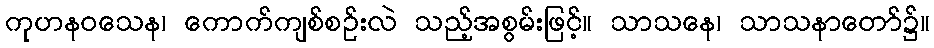
ကုဟနဝသေန၊ ကောက်ကျစ်စဉ်းလဲ သည့်အစွမ်းဖြင့်။ သာသနေ၊ သာသနာတော်၌။